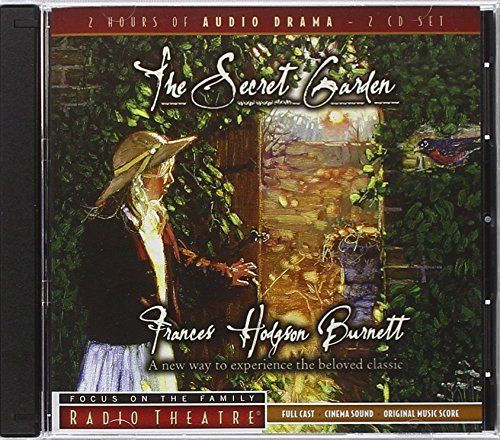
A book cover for The Secret Garden (Radio Theatre); Christian Books & Bibles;